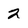
Character: 2